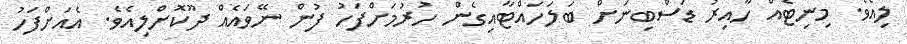
ލިއެވެ. މިނިޓެއް ހާއިރު ޑަސްބިނަށް ބަލަހައްޓާއިގެން ހުރުމަށްފަހު ފުން ނޭވައެއް ދޫކޮށްލިއެވެ. އެއަށްފަހު